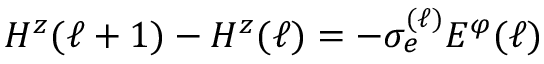
H ^ { z } ( \ell + 1 ) - H ^ { z } ( \ell ) = - \sigma _ { e } ^ { ( \ell ) } E ^ { \varphi } ( \ell )